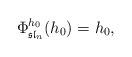
LaTeX: \begin{align*}\Phi^{h_0}_{\mathfrak{sl}_n}(h_0)=h_0,\end{align*}